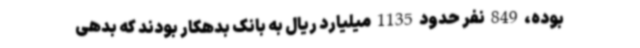
بوده، 849 نفر حدود 1135 میلیارد ریال به بانک بدهکار بودند که بدهی